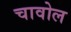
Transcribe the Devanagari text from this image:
चावोल